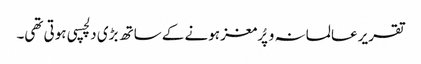
تقریر عالمانہ و پُرمغز ہونے کے ساتھ بڑی دلچسپی ہوتی تھی۔